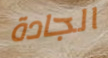
الجادة